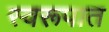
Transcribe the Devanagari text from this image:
स्‍वरूपात